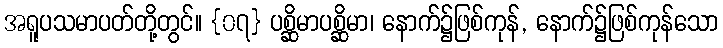
အရူပသမာပတ်တို့တွင်။ {၀၇} ပစ္ဆိမာပစ္ဆိမာ၊ နောက်၌ဖြစ်ကုန်, နောက်၌ဖြစ်ကုန်သော